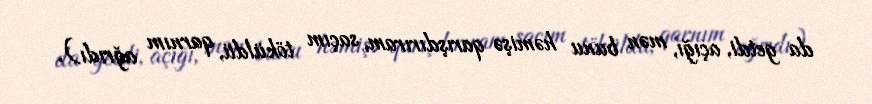
da getdi, açığı, mən bunu həmişə qarışdırıram, saçım töküldü, qarnım ağrıdı).